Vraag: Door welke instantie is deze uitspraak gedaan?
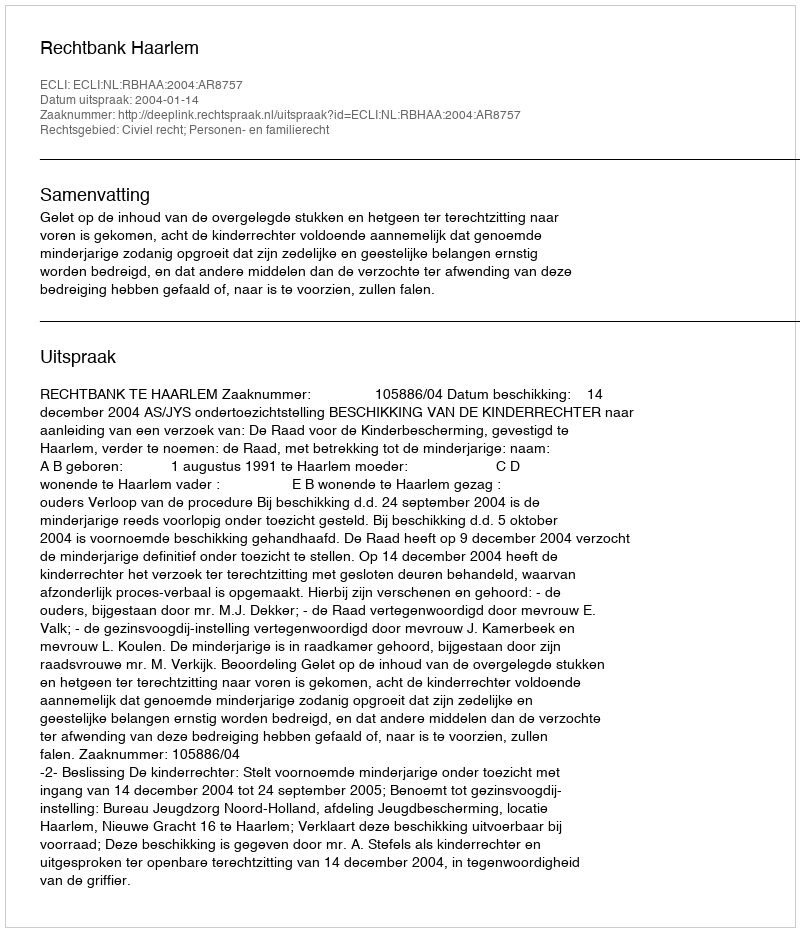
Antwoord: Rechtbank Haarlem